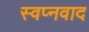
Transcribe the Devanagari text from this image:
स्वप्नवाद